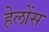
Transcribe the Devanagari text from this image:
हेलोंस